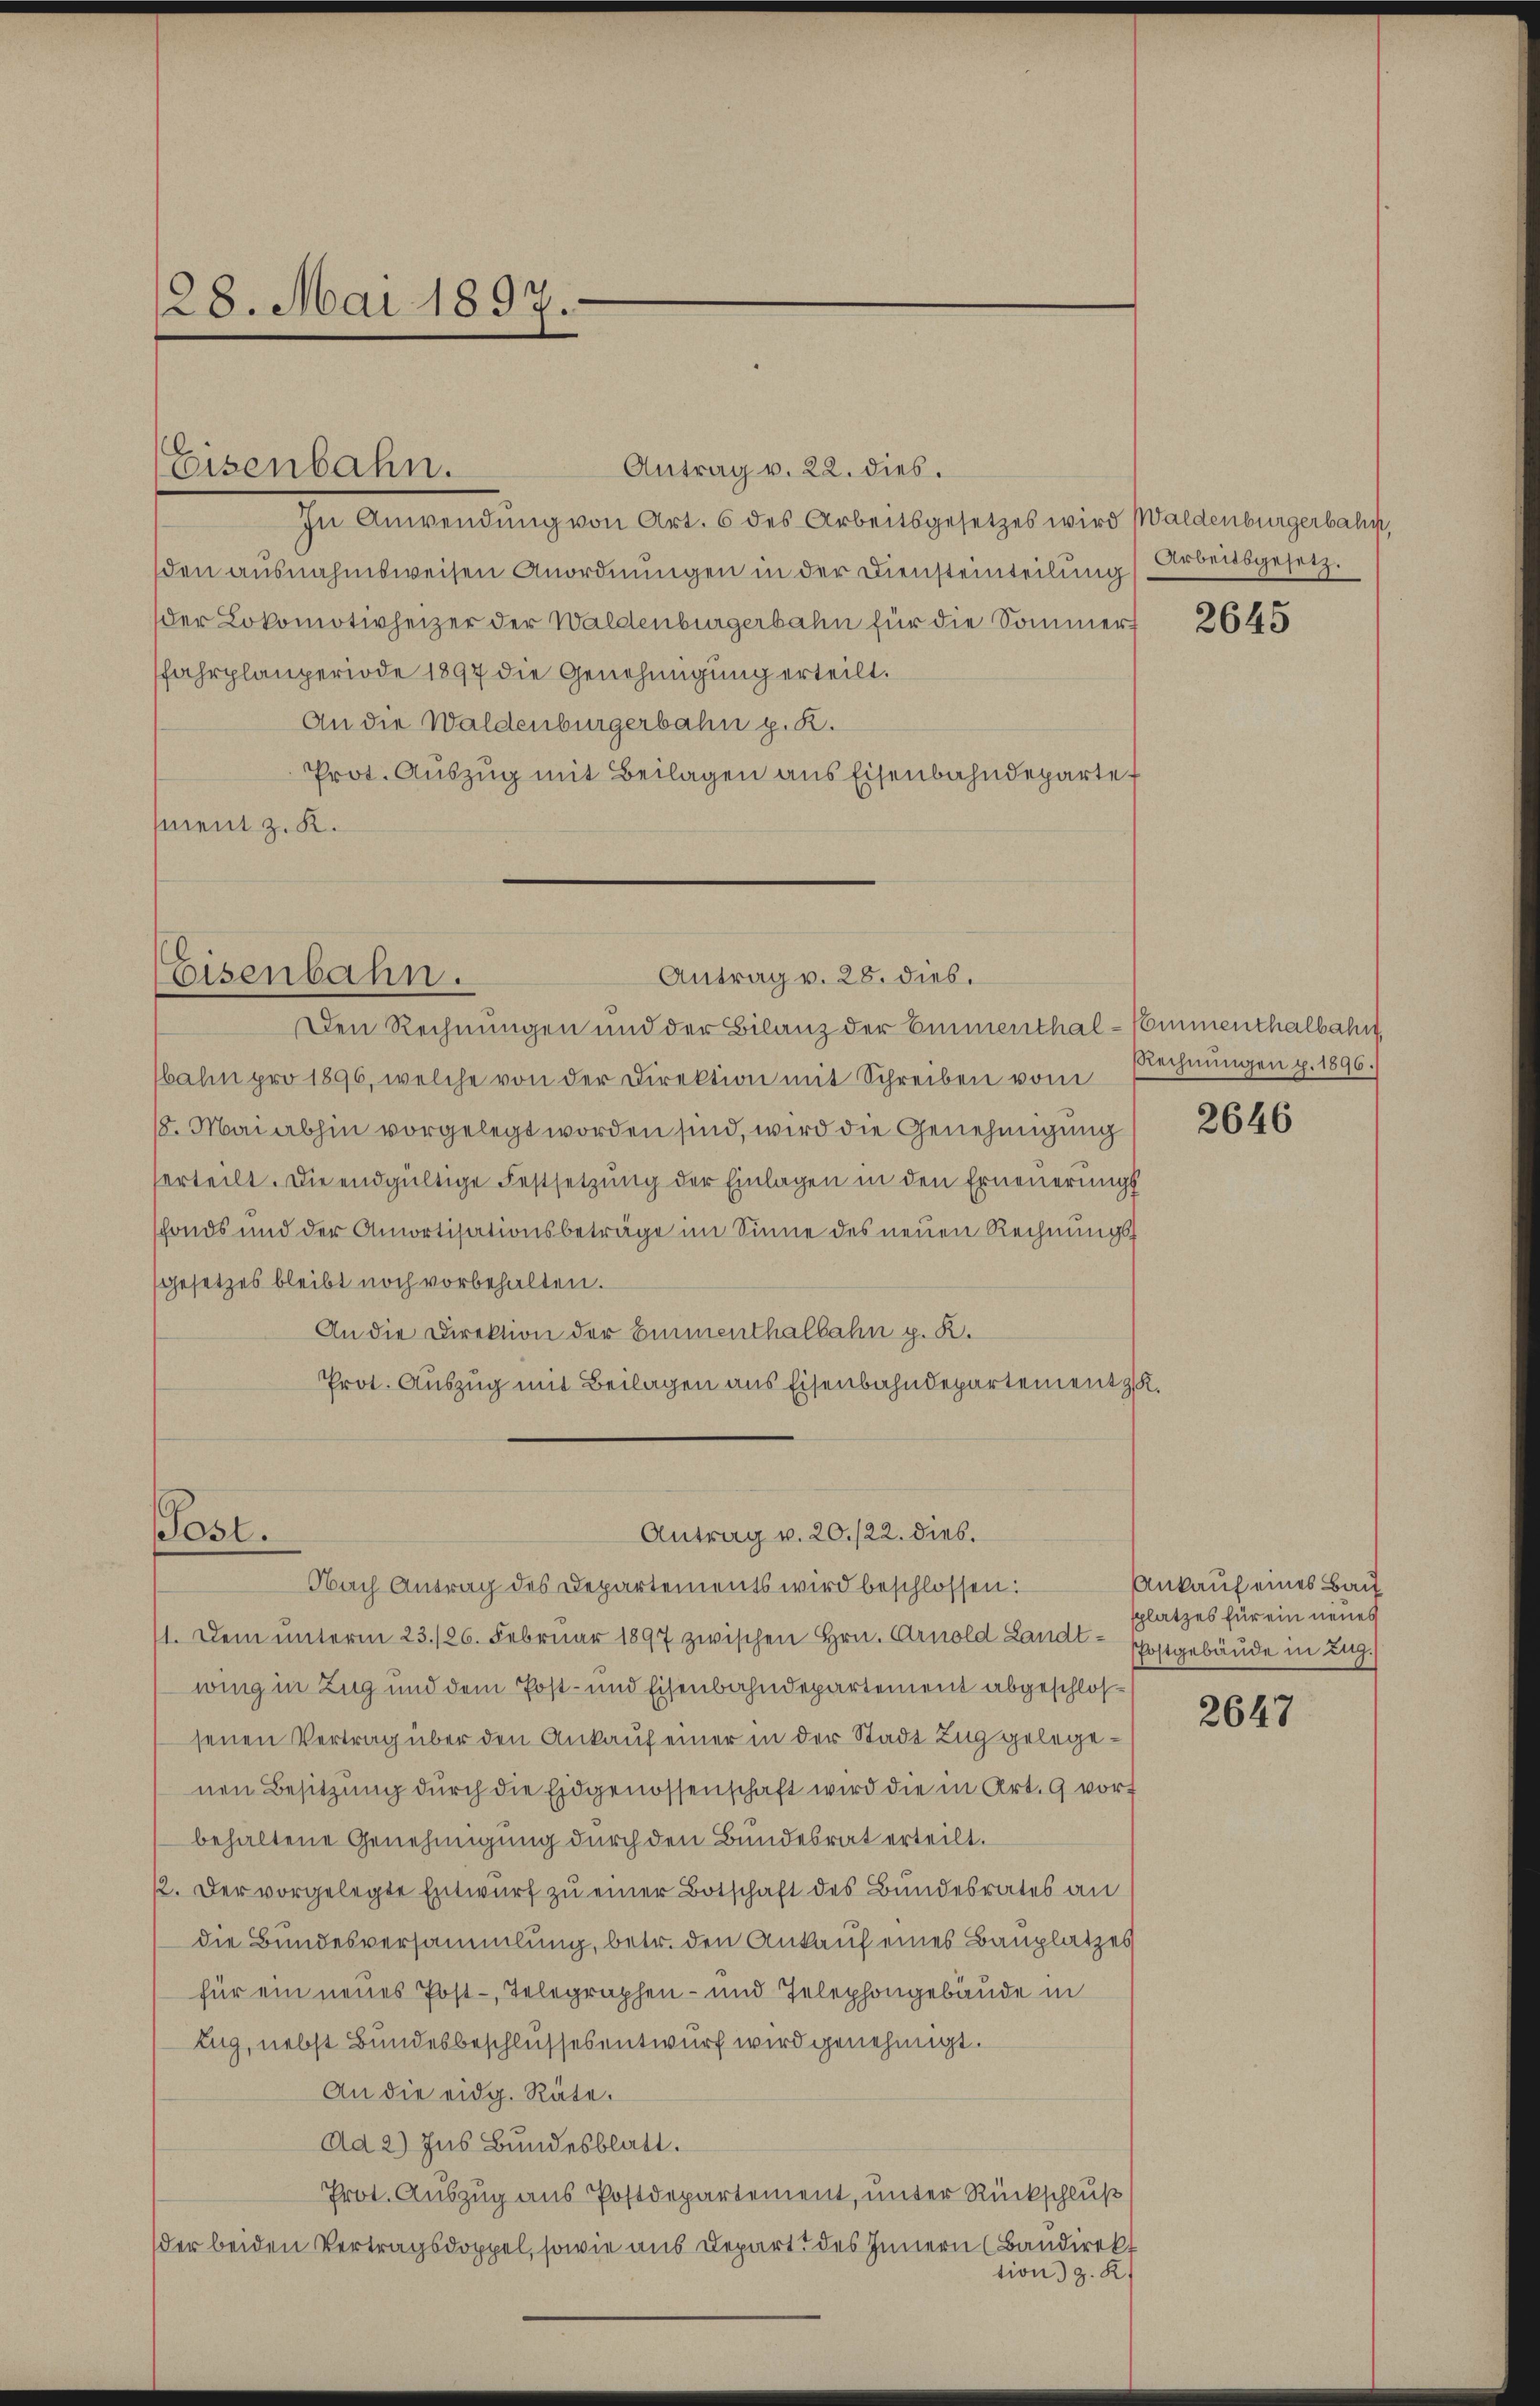
28. Mai 1897.

Eisenbahn.

Antrag v. 22. dies.
In Anwendung von Art. 6 des Arbeitsgesetzes wird Waldenburgerbahn,
den ausnahmsweisen Anordnŭngen in der Diensteinteilŭng Arbeitsgesetz.
der Lokomotivheizer der Waldenburgerbahn für die Sommerfahrplanperiode 1897 die Genehmigung erteilt.
An die Waldenburgerbahn p. R.
Prot. Auszug mit Beilagen aus Eisenbahndeparte
ment z. K.

Antrag v. 28. dies.
Eisenbahn.
Den Rechnungen und der Bilanz der Eimenthal-Commenthalbahrt

Post.

bahn pro 1896, welche von der Direktion mit Schreiben vom Rechnungen p. 1896.)
18. Mai abhin vorgelegt worden sind, wird die Genehmigung
erteilt. Die endgültige Festsetzung der Einlagen in den Erneuerungs
sfonds und der Amortisationsbeträge im Sinne des neuen Rechnungsgesetzes bleibt noch vorbehalten.
An die Direktion der Einmenthalbahn p. K.
Prot. Auszug mit Beilagen aus Eisenbahndepartement z.

Antrag v. 20./22. dies.
Nach Antrag des Departements wird beschlossen:

11. Dem unterm 23./26. Februar 1897 zwischen Hrn. Arnold Landtwing in Zug und dem Post- und Eisenbahndepartement abgeschlossenen Vertrag über den Ankauf einer in der Stadt Zug gelegenen Besitzŭng durch die Eidgenossenschaft wird die in Art. 9 vort
behaltene Genehmigung durch den Bundesrat erteilt.
12. Der vorgelegte Entwurf zu einer Botschaft des Bundesrates an
die Bundesversammlung, betr. den Ankauf eines Bauplatzes
für ein neues Post-Telegraphen- und Telephongebäude in
Zug, nebst Bundesbeschlussesentwurf wird genehmigt.
An die eidg. Räte.
Ad 2) Ins Bundesblatt.
Prot. Auszug aus Postdepartement, unter Rückschluß
der beiden Vertragsdoppel, sowie aus Depart des Innern (Bandirekt
tion) z. R.

2645

2646

Ankauf eines Bau
splatzes für ein neues
Postgebäude in Zug.

2647